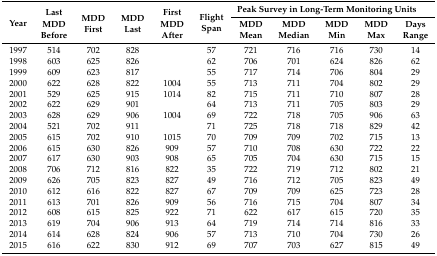
<table><thead><tr><td rowspan="3"><b>Year</b></td><td><b>Last</b></td><td rowspan="3"><b>MDD First</b></td><td rowspan="3"><b>MDD Last</b></td><td><b>First</b></td><td rowspan="3"><b>Flight Span</b></td><td colspan="5"><b>Peak Survey in Long-Term Monitoring Units</b></td></tr><tr><td><b>MDD</b></td><td><b>MDD</b></td><td><b>MDD</b></td><td><b>MDD</b></td><td><b>MDD</b></td><td><b>MDD</b></td><td><b>Days</b></td></tr><tr><td><b>Before</b></td><td><b>After</b></td><td><b>Mean</b></td><td><b>Median</b></td><td><b>Min</b></td><td><b>Max</b></td><td><b>Range</b></td></tr></thead><tbody><tr><td>1997</td><td>514</td><td>702</td><td>828</td><td></td><td>57</td><td>721</td><td>716</td><td>716</td><td>730</td><td>14</td></tr><tr><td>1998</td><td>603</td><td>625</td><td>826</td><td></td><td>62</td><td>706</td><td>701</td><td>624</td><td>826</td><td>62</td></tr><tr><td>1999</td><td>609</td><td>623</td><td>817</td><td></td><td>55</td><td>717</td><td>714</td><td>706</td><td>804</td><td>29</td></tr><tr><td>2000</td><td>622</td><td>628</td><td>822</td><td>1004</td><td>55</td><td>713</td><td>711</td><td>704</td><td>802</td><td>29</td></tr><tr><td>2001</td><td>529</td><td>625</td><td>915</td><td>1014</td><td>82</td><td>715</td><td>711</td><td>710</td><td>807</td><td>28</td></tr><tr><td>2002</td><td>622</td><td>629</td><td>901</td><td></td><td>64</td><td>713</td><td>711</td><td>705</td><td>803</td><td>29</td></tr><tr><td>2003</td><td>628</td><td>629</td><td>906</td><td>1004</td><td>69</td><td>722</td><td>718</td><td>705</td><td>906</td><td>63</td></tr><tr><td>2004</td><td>521</td><td>702</td><td>911</td><td></td><td>71</td><td>725</td><td>718</td><td>718</td><td>829</td><td>42</td></tr><tr><td>2005</td><td>615</td><td>702</td><td>910</td><td>1015</td><td>70</td><td>709</td><td>709</td><td>702</td><td>715</td><td>13</td></tr><tr><td>2006</td><td>615</td><td>630</td><td>826</td><td>909</td><td>57</td><td>710</td><td>708</td><td>630</td><td>722</td><td>22</td></tr><tr><td>2007</td><td>617</td><td>630</td><td>903</td><td>908</td><td>65</td><td>705</td><td>704</td><td>630</td><td>715</td><td>15</td></tr><tr><td>2008</td><td>706</td><td>712</td><td>816</td><td>822</td><td>35</td><td>722</td><td>719</td><td>712</td><td>802</td><td>21</td></tr><tr><td>2009</td><td>626</td><td>705</td><td>823</td><td>827</td><td>49</td><td>716</td><td>712</td><td>705</td><td>823</td><td>49</td></tr><tr><td>2010</td><td>612</td><td>616</td><td>822</td><td>827</td><td>67</td><td>709</td><td>709</td><td>625</td><td>723</td><td>28</td></tr><tr><td>2011</td><td>613</td><td>701</td><td>826</td><td>909</td><td>56</td><td>716</td><td>715</td><td>704</td><td>807</td><td>34</td></tr><tr><td>2012</td><td>608</td><td>615</td><td>825</td><td>922</td><td>71</td><td>622</td><td>617</td><td>615</td><td>720</td><td>35</td></tr><tr><td>2013</td><td>619</td><td>704</td><td>906</td><td>913</td><td>64</td><td>719</td><td>714</td><td>714</td><td>816</td><td>33</td></tr><tr><td>2014</td><td>614</td><td>628</td><td>824</td><td>906</td><td>57</td><td>713</td><td>710</td><td>704</td><td>730</td><td>26</td></tr><tr><td>2015</td><td>616</td><td>622</td><td>830</td><td>912</td><td>69</td><td>707</td><td>703</td><td>627</td><td>815</td><td>49</td></tr></tbody></table>